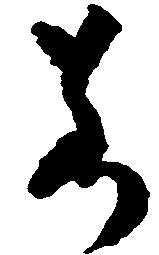
若